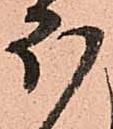
ほ